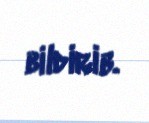
bildirib.